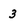
Character: 3